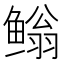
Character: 𮬢